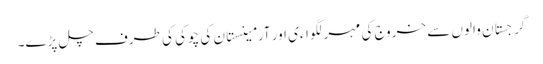
گرجستان والوں سے خروج کی مہر لگواءی اور آرمینستان کی چوکی کی طرف چل پڑے۔